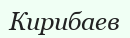
Кирибаев